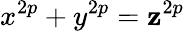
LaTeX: x^{2p}+y^{2p}=\mathbf{z}^{2p}